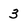
Character: 3